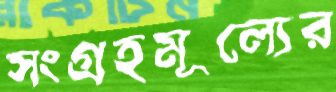
সংগ্রহমূল্যের